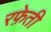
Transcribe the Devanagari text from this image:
रफे़ती